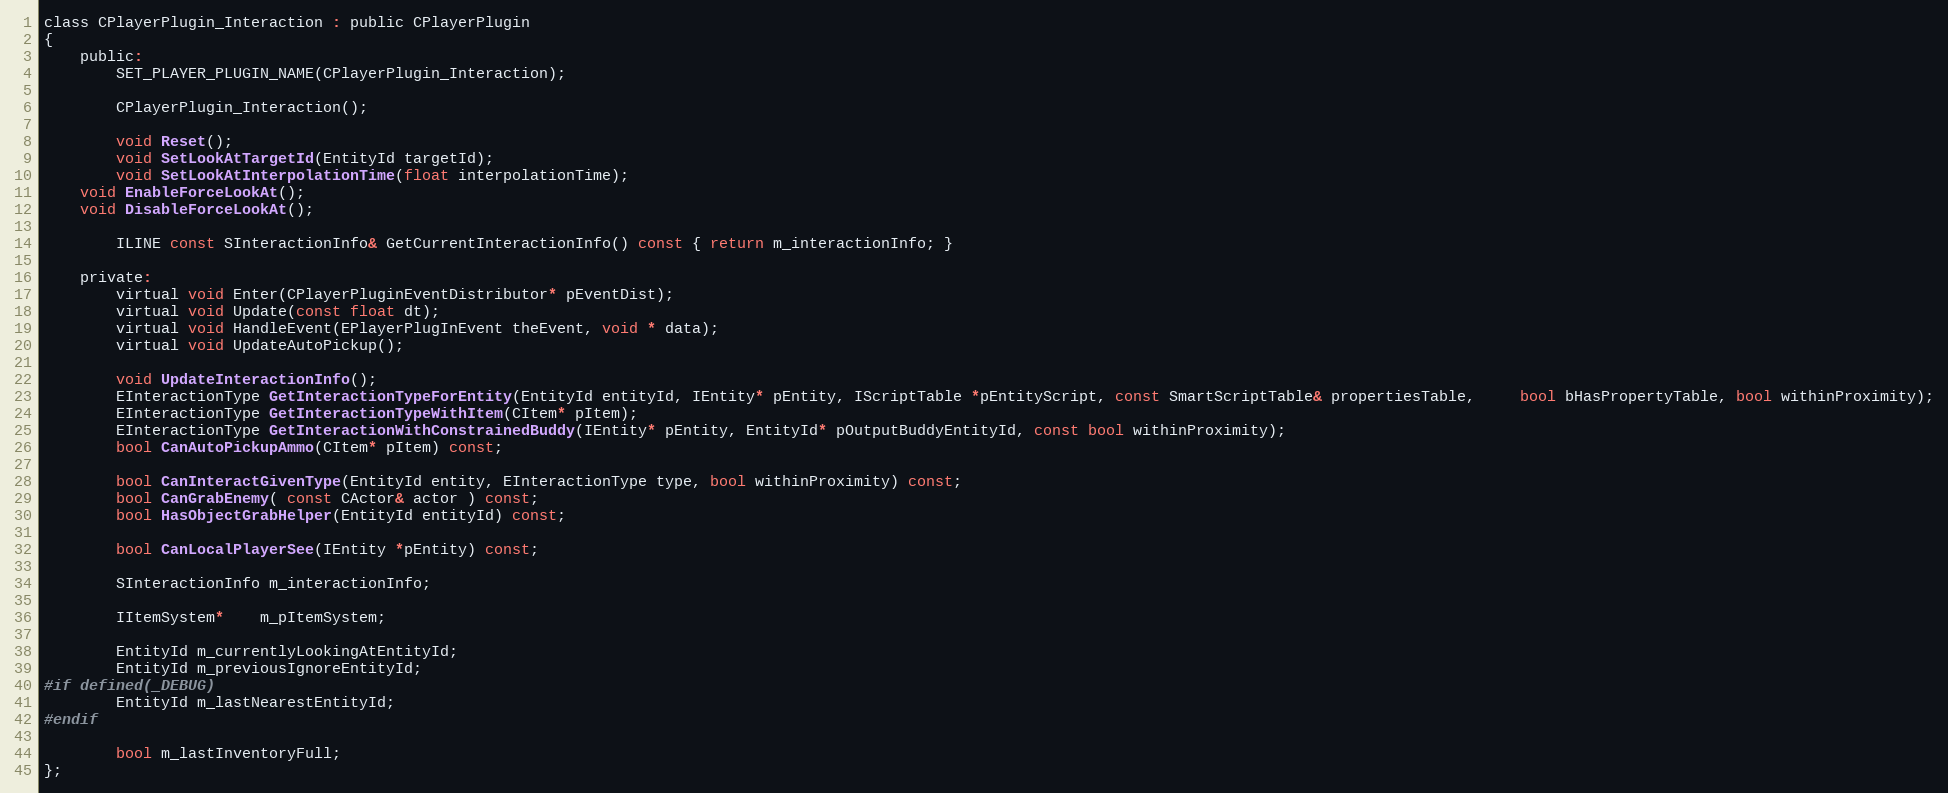
Language: C
class CPlayerPlugin_Interaction : public CPlayerPlugin
{
	public:
		SET_PLAYER_PLUGIN_NAME(CPlayerPlugin_Interaction);

		CPlayerPlugin_Interaction();

		void Reset();
		void SetLookAtTargetId(EntityId targetId);
		void SetLookAtInterpolationTime(float interpolationTime);
    void EnableForceLookAt();
    void DisableForceLookAt();

		ILINE const SInteractionInfo& GetCurrentInteractionInfo() const { return m_interactionInfo; }

	private:
		virtual void Enter(CPlayerPluginEventDistributor* pEventDist);
		virtual void Update(const float dt);
		virtual void HandleEvent(EPlayerPlugInEvent theEvent, void * data);
		virtual void UpdateAutoPickup();

		void UpdateInteractionInfo();
		EInteractionType GetInteractionTypeForEntity(EntityId entityId, IEntity* pEntity, IScriptTable *pEntityScript, const SmartScriptTable& propertiesTable,	 bool bHasPropertyTable, bool withinProximity);
		EInteractionType GetInteractionTypeWithItem(CItem* pItem);
		EInteractionType GetInteractionWithConstrainedBuddy(IEntity* pEntity, EntityId* pOutputBuddyEntityId, const bool withinProximity);
		bool CanAutoPickupAmmo(CItem* pItem) const;

		bool CanInteractGivenType(EntityId entity, EInteractionType type, bool withinProximity) const;
		bool CanGrabEnemy( const CActor& actor ) const;
		bool HasObjectGrabHelper(EntityId entityId) const;

		bool CanLocalPlayerSee(IEntity *pEntity) const;

		SInteractionInfo m_interactionInfo;

		IItemSystem*	m_pItemSystem;

		EntityId m_currentlyLookingAtEntityId;
		EntityId m_previousIgnoreEntityId;
#if defined(_DEBUG)
		EntityId m_lastNearestEntityId;
#endif

		bool m_lastInventoryFull;
};